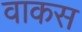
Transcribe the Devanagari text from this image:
वाकस